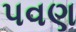
પવણ